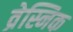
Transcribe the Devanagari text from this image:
व्रेस्निक